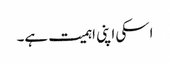
اسکی اپنی اہمیت ہے۔